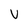
Character: u